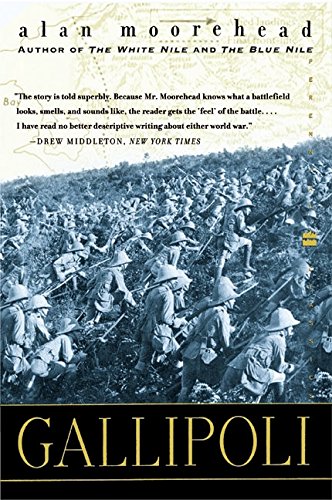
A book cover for Gallipoli (Perennial Classics); Alan Moorehead; History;